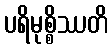
ပရိမုစ္စိဿတိ